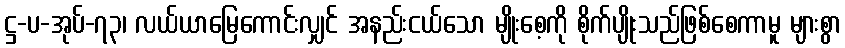
ဋ္ဌ-ပ-အုပ်-၇၃၊ လယ်ယာမြေကောင်းလျှင် အနည်းငယ်သော မျိုးစေ့ကို စိုက်ပျိုးသည်ဖြစ်စေကာမူ များစွာ